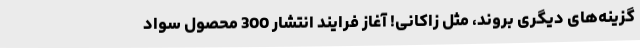
گزینه‌های دیگری بروند، مثل زاکانی! آغاز فرایند انتشار 300 محصول سواد